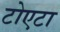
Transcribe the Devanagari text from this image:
टोएटा